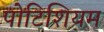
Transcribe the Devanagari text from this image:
पोटिशियम